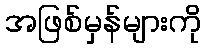
အဖြစ်မှန်များကို